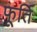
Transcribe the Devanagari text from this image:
फूर्ति